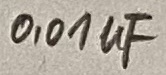
Text: 0,01µF